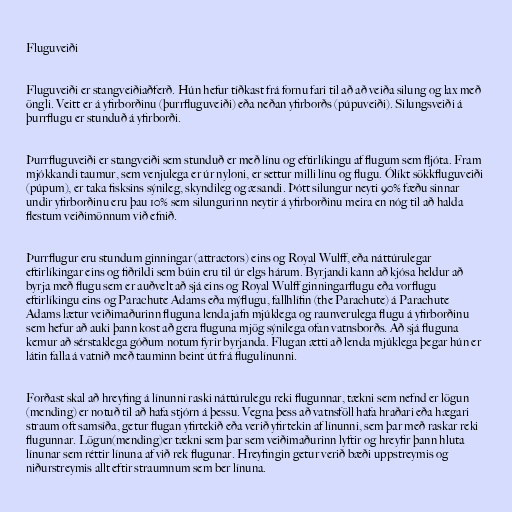
Fluguveiði

Fluguveiði er stangveiðiaðferð. Hún hefur tíðkast frá fornu fari til að að veiða silung og lax með
öngli. Veitt er á yfirborðinu (þurrfluguveiði) eða neðan yfirborðs (púpuveiði). Silungsveiði á
þurrflugu er stunduð á yfirborði.

Þurrfluguveiði er stangveiði sem stunduð er með línu og eftirlíkingu af flugum sem fljóta. Fram
mjókkandi taumur, sem venjulega er úr nyloni, er settur milli línu og flugu. Ólíkt sökkfluguveiði
(púpum), er taka fisksins sýnileg, skyndileg og æsandi. Þótt silungur neyti 90% fæðu sinnar
undir yfirborðinu eru þau 10% sem silungurinn neytir á yfirborðinu meira en nóg til að halda
flestum veiðimönnum við efnið.

Þurrflugur eru stundum ginningar (attractors) eins og Royal Wulff, eða náttúrulegar
eftirlíkingar eins og fiðrildi sem búin eru til úr elgs hárum. Byrjandi kann að kjósa heldur að
byrja með flugu sem er auðvelt að sjá eins og Royal Wulff ginningarflugu eða vorflugu
eftirlíkingu eins og Parachute Adams eða mýflugu, fallhlífin (the Parachute) á Parachute
Adams lætur veiðimaðurinn fluguna lenda jafn mjúklega og raunverulega flugu á yfirborðinu
sem hefur að auki þann kost að gera fluguna mjög sýnilega ofan vatnsborðs. Að sjá fluguna
kemur að sérstaklega góðum notum fyrir byrjanda. Flugan ætti að lenda mjúklega þegar hún er
látin falla á vatnið með tauminn beint út frá flugulínunni.

Forðast skal að hreyfing á línunni raski náttúrulegu reki flugunnar, tækni sem nefnd er lögun
(mending) er notuð til að hafa stjórn á þessu. Vegna þess að vatnsföll hafa hraðari eða hægari
straum oft samsíða, getur flugan yfirtekið eða verið yfirtekin af línunni, sem þar með raskar reki
flugunnar. Lögun(mending)er tækni sem þar sem veiðimaðurinn lyftir og hreyfir þann hluta
línunar sem réttir línuna af við rek flugunar. Hreyfingin getur verið bæði uppstreymis og
niðurstreymis allt eftir straumnum sem ber línuna.